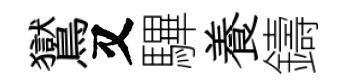
鸑又驆養鑄